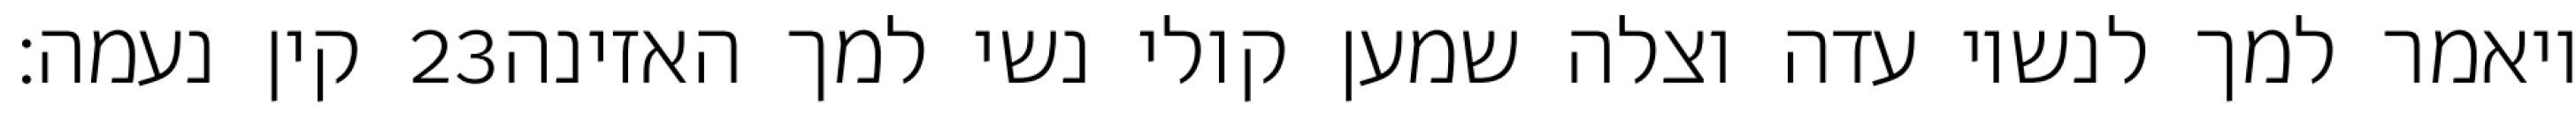
קין נעמה׃ ‎23‏ ויאמר למך לנשיו עדה וצלה שמען קולי נשי למך האזינה